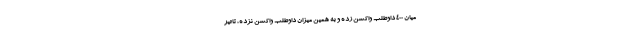
میان 400 داوطلب واکسن زده و به همین میزان داوطلب واکسن نزده، تاثیر